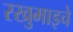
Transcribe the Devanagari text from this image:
रखुमाइचे